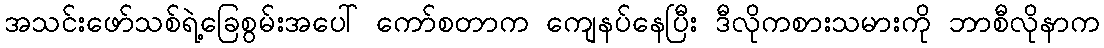
အသင်းဖော်သစ်ရဲ့ခြေစွမ်းအပေါ် ကော်စတာက ကျေနပ်နေပြီး ဒီလိုကစားသမားကို ဘာစီလိုနာက